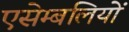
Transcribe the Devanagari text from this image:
एसेम्बलियों